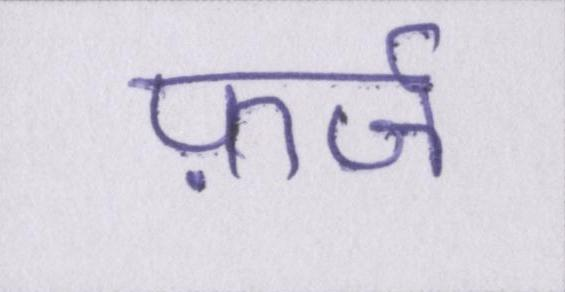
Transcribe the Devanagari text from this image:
फ़र्ज़